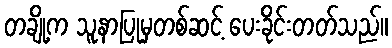
တချို့က သူနာပြုမှတစ်ဆင့် ပေးခိုင်းတတ်သည်။